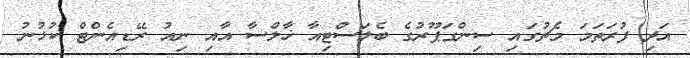
އަދި ފުރަތަމަ މެޗުގައި ސިންގަޕޫރުގެ ބެލަސްޓިއާ ޚާލްސާ އާއި ނިއު ރޭޑިއެންޓް ކުޅުނު